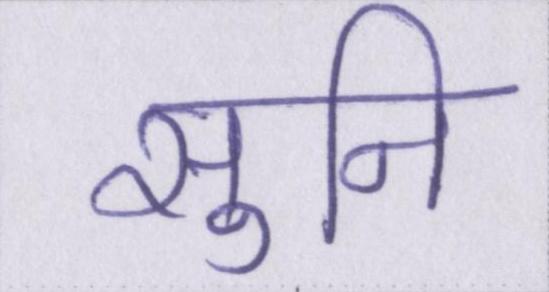
सुनि